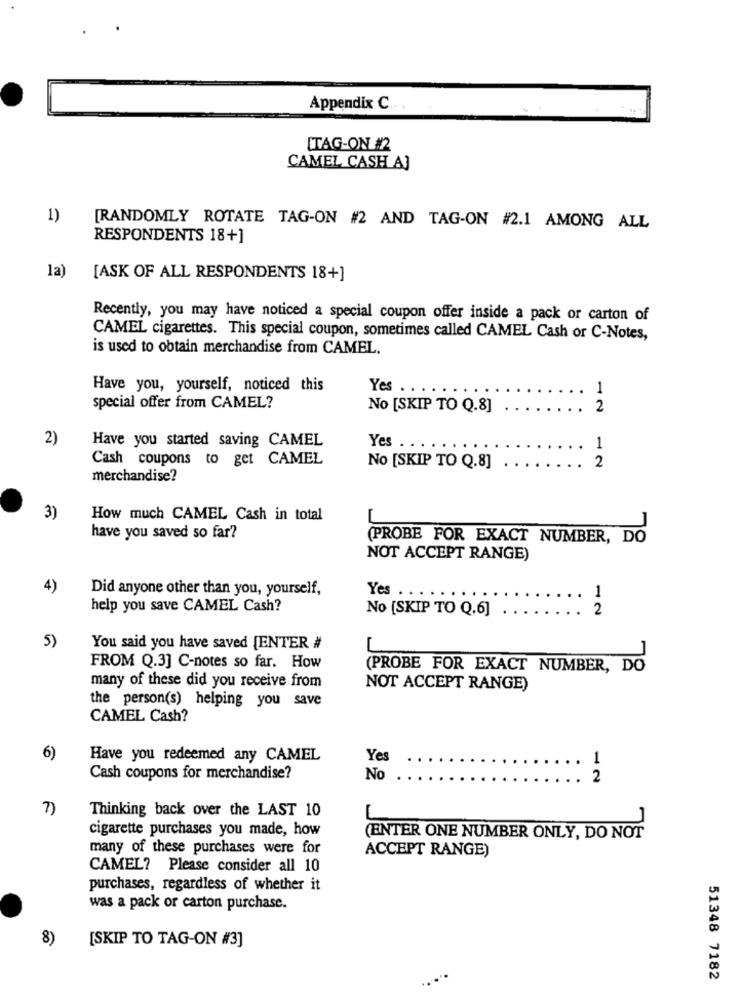
Appendix C ..
ITAG-ON #2
CAMEL CASH AJ
1)
[RANDOMLY ROTATE TAG-ON #2 AND TAG-ON #2.1 AMONG ALL
RESPONDENTS 18+]
la)
[ASK OF ALL RESPONDENTS 18+]
Recently, you may have noticed a special coupon offer inside a pack or carton of
CAMEL cigarettes. This special coupon, sometimes called CAMEL Cash or C-Notes,
is used to obtain merchandise from CAMEL.
Have you, yourself, noticed this
Yes . . . .
1
special offer from CAMEL?
No [SKIP TO Q.8]
2
2)
Have you started saving CAMEL
Yes .
1
Cash coupons to get CAMEL
2
No [SKIP TO Q.8]
merchandise?
3)
How much CAMEL Cash in total
have you saved so far?
(PROBE FOR EXACT NUMBER, DO
NOT ACCEPT RANGE)
4)
Did anyone other than you, yourself,
Yes . .
1
help you save CAMEL Cash?
No [SKIP TO Q.6]
2
5)
You said you have saved [ENTER #
FROM Q.3] C-notes so far. How
(PROBE FOR EXACT NUMBER, DO
many of these did you receive from
NOT ACCEPT RANGE)
the person(s) helping you save
CAMEL Cash?
6)
Have you redeemed any CAMEL
Yes
..
1
Cash coupons for merchandise?
No
2
7)
Thinking back over the LAST 10
cigarette purchases you made, how
(ENTER ONE NUMBER ONLY, DO NOT
many of these purchases were for
ACCEPT RANGE)
CAMEL? Please consider all 10
purchases, regardless of whether it
was a pack or carton purchase.
8)
[SKIP TO TAG-ON #3]
51348 7182